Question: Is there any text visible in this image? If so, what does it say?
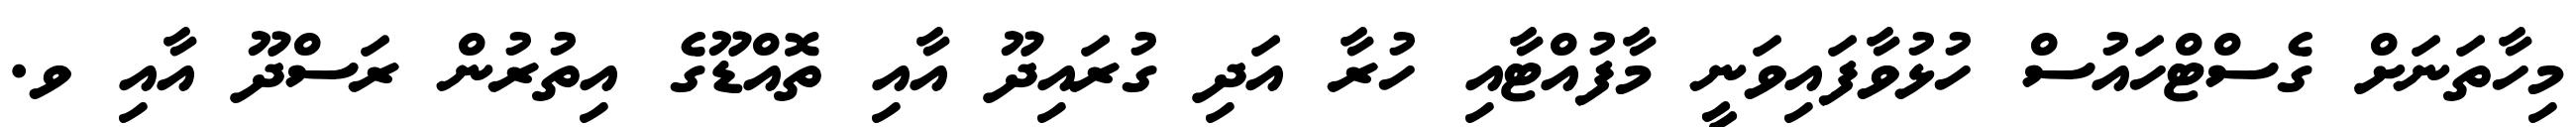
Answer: މިހާތަނަށް ގެސްޓްހައުސް ހުޅުވާފައިވަނީ މާފުއްޓާއި ހުރާ އަދި ގުރައިދޫ އާއި ތޮއްޑޫގެ އިތުރުން ރަސްދޫ އާއި ވ.